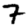
Digit: 7